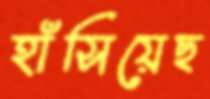
হাঁসিয়েছ